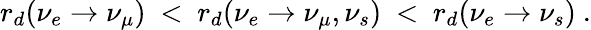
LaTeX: r_{d}(\nu_{e}\rightarrow\nu_{\mu})~<~r_{d}(\nu_{e}\rightarrow\nu_{\mu},\nu_{s})~<~r_{d}(\nu_{e}\rightarrow\nu_{s})~.